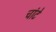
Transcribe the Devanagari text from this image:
चांटे